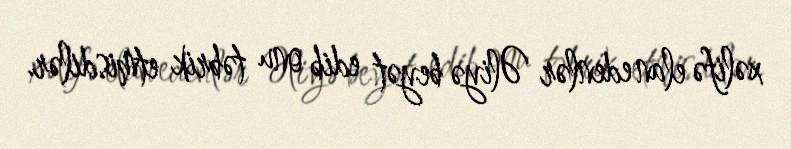
xəlifə elan edenlər Əliyə beyət edib onu təbrik etmisdilər.